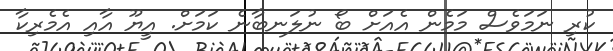
ކުރި ނަމަވެސް މަމެން އެއަށް ބޯ ނުލަނބާނެ ކަމަށް. އީޔޫ އާއި އެމެރިކާ